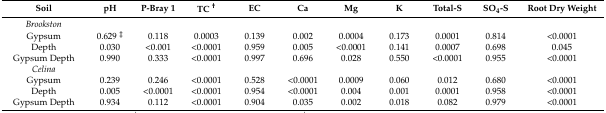
<table><thead><tr><td><b>Soil</b></td><td><b>pH</b></td><td><b>P-Bray 1</b></td><td><b>TC <sup>†</sup></b></td><td><b>EC</b></td><td><b>Ca</b></td><td><b>Mg</b></td><td><b>K</b></td><td><b>Total-S</b></td><td><b>SO<sub>4</sub>-S</b></td><td><b>Root Dry Weight</b></td></tr></thead><tbody><tr><td><i>Brookston</i></td><td colspan="9"></td><td></td></tr><tr><td>Gypsum</td><td>0.629 <sup>‡</sup></td><td>0.118</td><td>0.0003</td><td>0.139</td><td>0.002</td><td>0.0004</td><td>0.173</td><td>0.0001</td><td>0.814</td><td>&lt;0.0001</td></tr><tr><td>Depth</td><td>0.030</td><td>&lt;0.001</td><td>&lt;0.0001</td><td>0.959</td><td>0.005</td><td>&lt;0.0001</td><td>0.141</td><td>0.0007</td><td>0.698</td><td>0.045</td></tr><tr><td>Gypsum Depth</td><td>0.990</td><td>0.333</td><td>&lt;0.0001</td><td>0.997</td><td>0.696</td><td>0.028</td><td>0.550</td><td>&lt;0.0001</td><td>0.955</td><td>&lt;0.0001</td></tr><tr><td><i>Celina</i></td><td colspan="9"></td><td></td></tr><tr><td>Gypsum</td><td>0.239</td><td>0.246</td><td>&lt;0.0001</td><td>0.528</td><td>&lt;0.0001</td><td>0.0009</td><td>0.060</td><td>0.012</td><td>0.680</td><td>&lt;0.0001</td></tr><tr><td>Depth</td><td>0.005</td><td>&lt;0.0001</td><td>&lt;0.0001</td><td>0.954</td><td>&lt;0.0001</td><td>0.004</td><td>0.001</td><td>0.0001</td><td>0.958</td><td>&lt;0.0001</td></tr><tr><td>Gypsum Depth</td><td>0.934</td><td>0.112</td><td>&lt;0.0001</td><td>0.904</td><td>0.035</td><td>0.002</td><td>0.018</td><td>0.082</td><td>0.979</td><td>&lt;0.0001</td></tr></tbody></table>